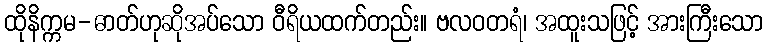
ထိုနိက္ကမ-ဓာတ်ဟုဆိုအပ်သော ဝီရိယထက်တည်း။ ဗလဝတရံ၊ အထူးသဖြင့် အားကြီးသော